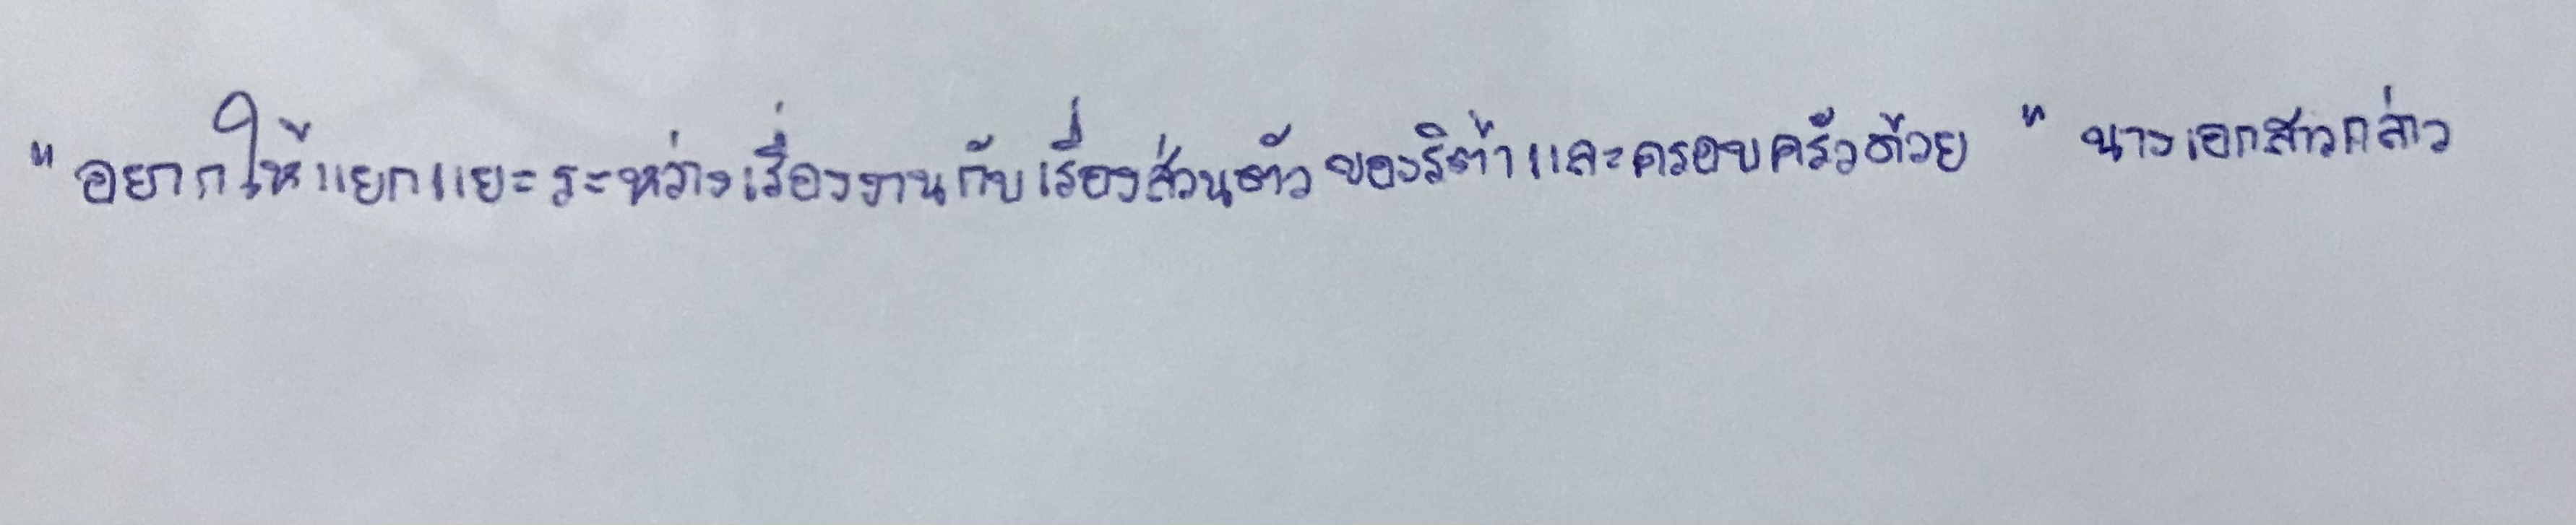
"อยากให้แยกแยะระหว่างเรื่องงานกับเรื่องส่วนตัวของริต้าและครอบครัวด้วย"นางเอกสาวกล่าว